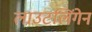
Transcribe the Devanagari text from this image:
लाउटलिंगेन